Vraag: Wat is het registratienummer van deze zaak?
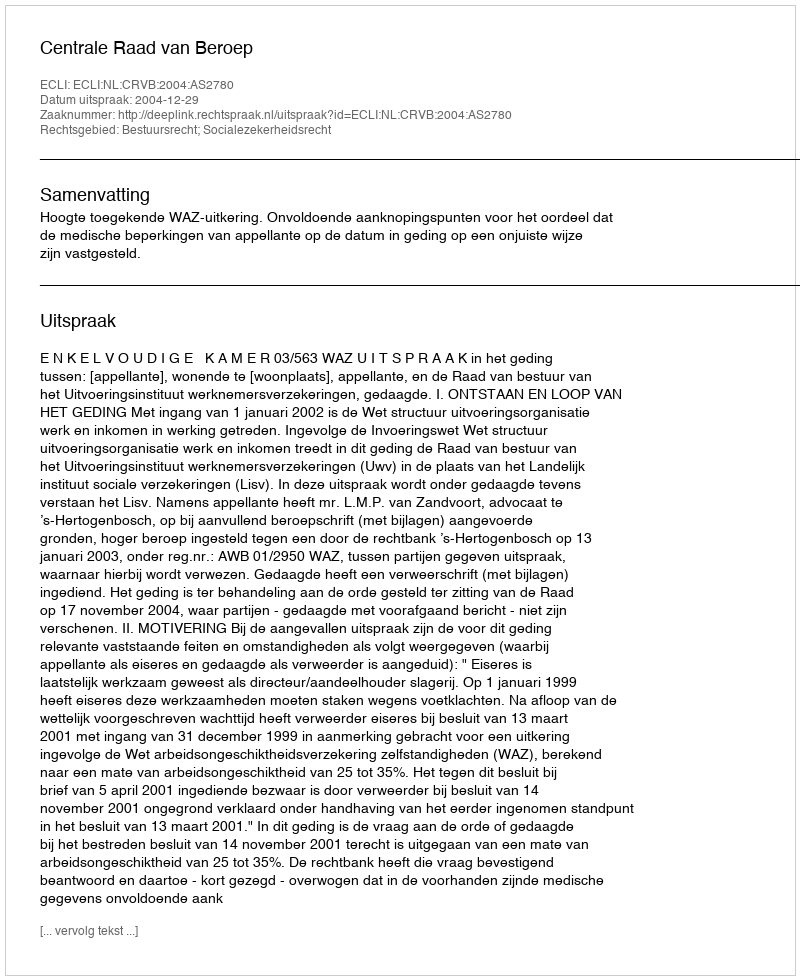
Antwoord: http://deeplink.rechtspraak.nl/uitspraak?id=ECLI:NL:CRVB:2004:AS2780